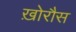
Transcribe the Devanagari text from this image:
ख़ोरौस